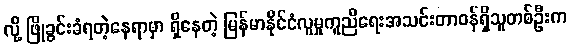
လို့ ဖြိုခွင်းခံရတဲ့နေရာမှာ ရှိနေတဲ့ မြန်မာနိုင်ငံလူမှုကူညီရေးအသင်းတာဝန်ရှိသူတစ်ဦးက